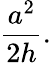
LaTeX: {\frac{a^{2}}{2h}}.